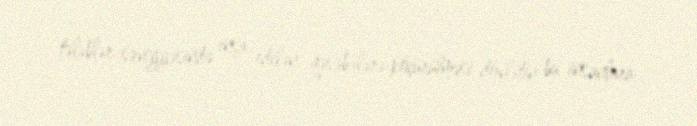
tələblər səviyyəsində inşa edilən qəsəbələrə köçürülməsi dövlətin bu insanlara